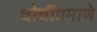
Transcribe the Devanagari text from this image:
चोचींप्रमाणे